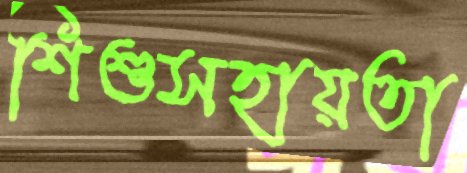
শিশুসহায়তা